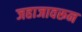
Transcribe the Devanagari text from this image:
जहाजावरून